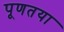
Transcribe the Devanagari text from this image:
पूणतया